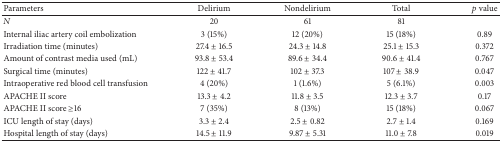
<table><thead><tr><td><b>Parameters</b></td><td><b>Delirium</b></td><td><b>Nondelirium</b></td><td><b>Total</b></td><td><b><i>p</i> value</b></td></tr></thead><tbody><tr><td><i>N</i></td><td>20</td><td>61</td><td>81</td><td> </td></tr><tr><td>Internal iliac artery coil embolization </td><td>3 (15%)</td><td>12 (20%)</td><td>15 (18%)</td><td>0.89</td></tr><tr><td>Irradiation time (minutes)</td><td>27.4 ± 16.5</td><td>24.3 ± 14.8</td><td>25.1 ± 15.3</td><td>0.372</td></tr><tr><td>Amount of contrast media used (mL)</td><td>93.8 ± 53.4</td><td>89.6 ± 34.4</td><td>90.6 ± 41.4</td><td>0.767</td></tr><tr><td>Surgical time (minutes)</td><td>122 ± 41.7</td><td>102 ± 37.3</td><td>107 ± 38.9</td><td>0.047</td></tr><tr><td>Intraoperative red blood cell transfusion</td><td>4 (20%)</td><td>1 (1.6%)</td><td>5 (6.1%)</td><td>0.003</td></tr><tr><td>APACHE II score</td><td>13.3 ± 4.2</td><td>11.8 ± 3.5</td><td>12.3 ± 3.7</td><td>0.17</td></tr><tr><td>APACHE II score ≥16</td><td>7 (35%)</td><td>8 (13%)</td><td>15 (18%)</td><td>0.067</td></tr><tr><td>ICU length of stay (days)</td><td>3.3 ± 2.4</td><td>2.5 ± 0.82</td><td>2.7 ± 1.4</td><td>0.169</td></tr><tr><td>Hospital length of stay (days)</td><td>14.5 ± 11.9</td><td>9.87 ± 5.31</td><td>11.0 ± 7.8</td><td>0.019</td></tr></tbody></table>